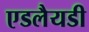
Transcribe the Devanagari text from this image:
एडलैयडी